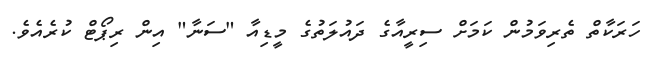
ހަރަކާތް ތެރިވަމުން ކަމަަށް ސިރީއާގެ ދައުލަތުގެ މީޑިއާ "ސަނާ" އިން ރިޕޯޓް ކުރެއެވެ.